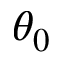
\theta _ { 0 }